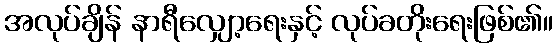
အလုပ်ချိန် နာရီလျှော့ရေးနှင့် လုပ်ခတိုးရေးဖြစ်၏။